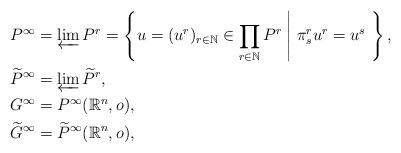
LaTeX: \begin{align*}P^\infty&=\varprojlim P^r=\left\{u=(u^r)_{r\in\mathbb{N}}\in\prod_{r\in\mathbb{N}}P^r\;\middle|\;\pi^r_su^r=u^s\ \right\},\\*\widetilde{P}^\infty&=\varprojlim\widetilde{P}^r,\\*G^\infty&=P^\infty(\mathbb{R}^n,o),\\*\widetilde{G}^\infty&=\widetilde{P}^\infty(\mathbb{R}^n,o),\end{align*}